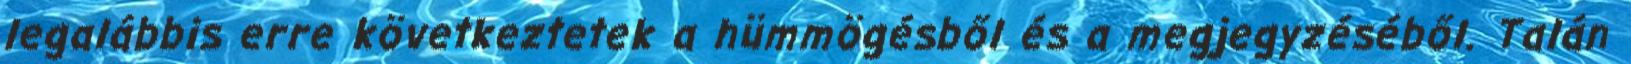
legalábbis erre következtetek a hümmögésből és a megjegyzéséből. Talán